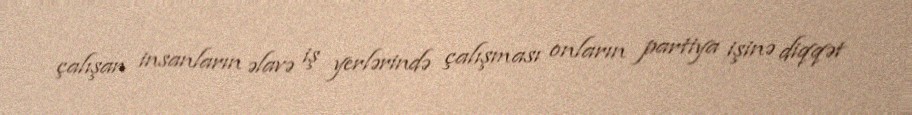
çalışan insanların əlavə iş yerlərində çalışması onların partiya işinə diqqət